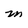
Character: m